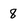
Character: 8